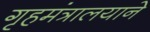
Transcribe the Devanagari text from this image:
गृहमंत्रालयाने